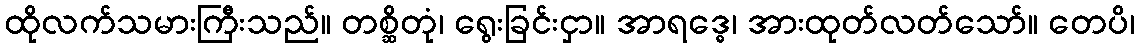
ထိုလက်သမားကြီးသည်။ တစ္ဆိတုံ၊ ရွေးခြင်းငှာ။ အာရဒ္ဓေ၊ အားထုတ်လတ်သော်။ တေပိ၊